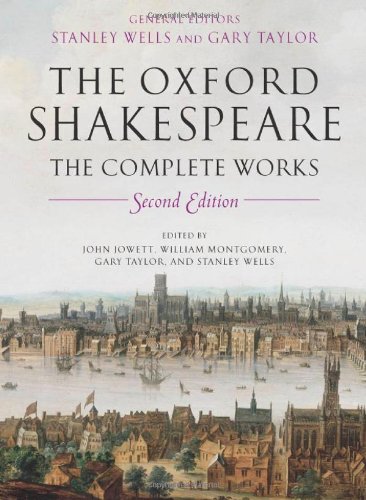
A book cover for The Oxford Shakespeare: The Complete Works 2nd Edition; William Shakespeare; Literature & Fiction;